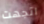
اتجهت